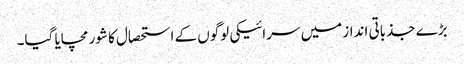
بڑے جذباتی انداز میں سرائیکی لوگوں کے استحصال کا شور مچایا گیا۔